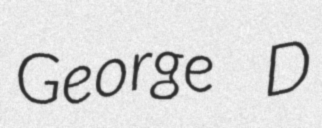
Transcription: George D